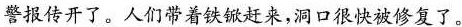
警报传开了。人们带着铁锨赶来，洞口很快被修复了。